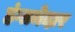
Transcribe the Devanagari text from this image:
हंगामेदार